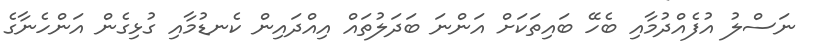
ނަސްލު އުފެއްދުމާއި ބެހޭ ބައިތަކަށް އަންނަ ބަދަލުތައް އިއްދައިން ކެނޑުމާއި ގުޅިގެން އަންހެނާގެ